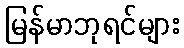
မြန်မာဘုရင်များ